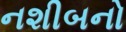
નશીબનો